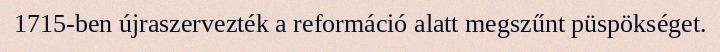
1715-ben újraszervezték a reformáció alatt megszűnt püspökséget.